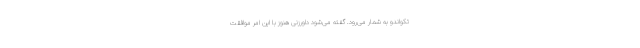
تکواندو به شمار می‌رود. گفته می‌شود داورزنی هنوز با این امر موافقت